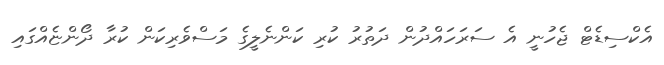
އެކްސިޑެޓް ޖެހުނީ އެ ސަރަހައްދުން ދަތުރު ކުރި ކަންނެލީގެ މަސްވެރިކަން ކުރާ ދޯންޏެއްގައި